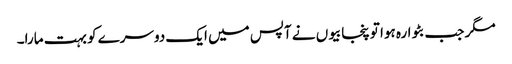
مگر جب بٹوارہ ہوا تو پنجابیوں نے آپس میں ایک دوسرے کو بہت مارا۔